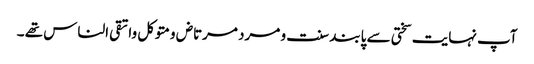
آپ نہایت سختی سے پابند سنت و مرد مرتاض ومتوکل واتقی الناس تھے ۔